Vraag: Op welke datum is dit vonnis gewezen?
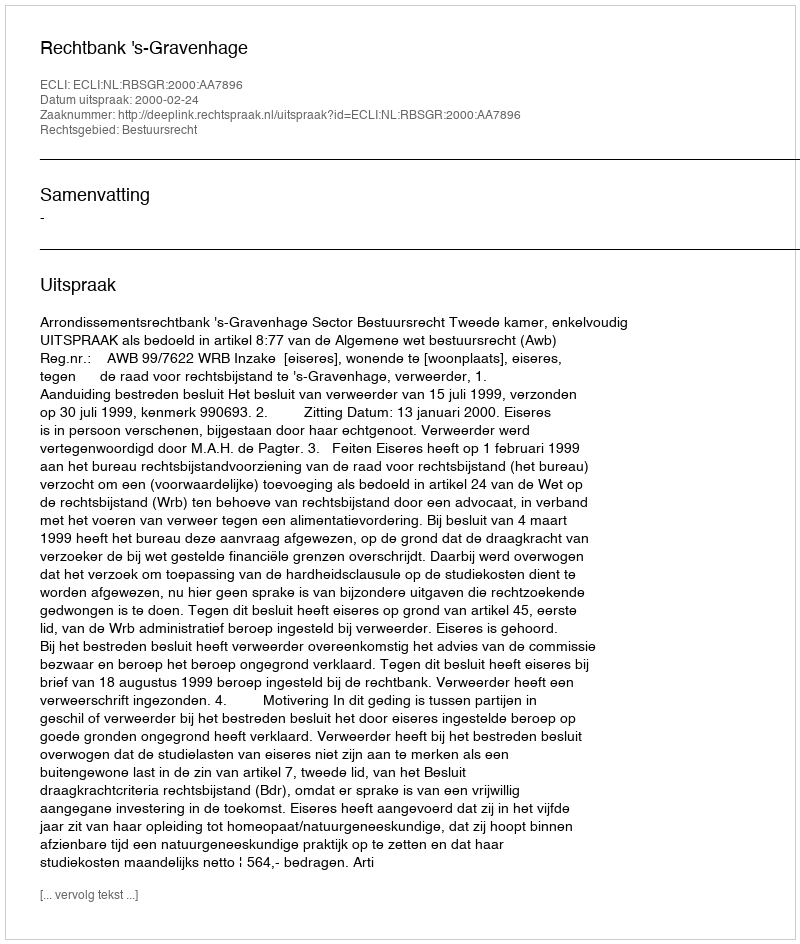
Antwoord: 2000-02-24